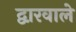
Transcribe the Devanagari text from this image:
द्वारवाले